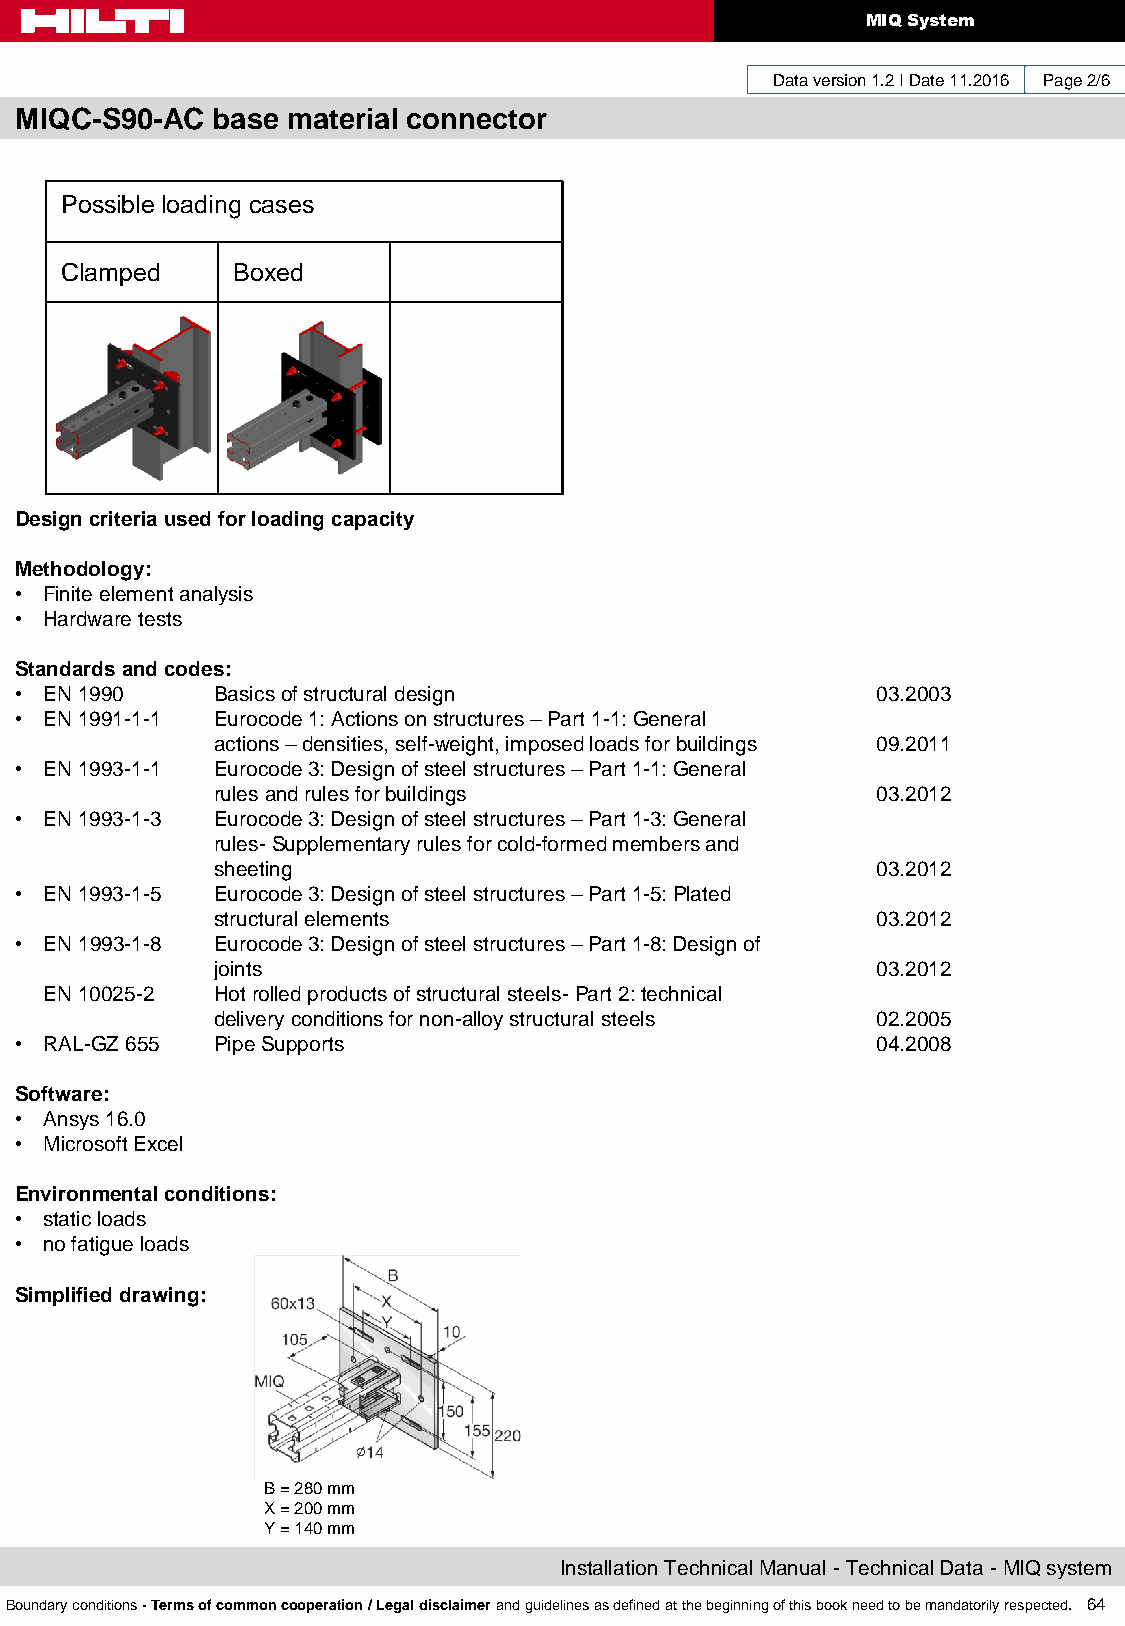
MIQ System
 Data version 1.2 I Date 11.2016 Page 2/6
 MIQC-S90-AC  base material connector
 Possible loading cases
 Clamped    Boxed
 Design criteria used for loading capacity
 Methodology:
 • Finite element analysis
 • Hardware tests
 Standards and codes:
 • EN 1990    Basics of structural design                 03.2003
 • EN 1991-1-1 Eurocode 1: Actions on structures – Part 1-1: General
 actions – densities, self-weight, imposed loads for buildings 09.2011
 • EN 1993-1-1 Eurocode 3: Design of steel structures – Part 1-1: General
 rules and rules for buildings               03.2012
 • EN 1993-1-3 Eurocode 3: Design of steel structures – Part 1-3: General
 rules- Supplementary rules for cold-formed members and
 sheeting                                    03.2012
 • EN 1993-1-5 Eurocode 3: Design of steel structures – Part 1-5: Plated
 structural elements                         03.2012
 • EN 1993-1-8 Eurocode 3: Design of steel structures – Part 1-8: Design of
 joints                                      03.2012
 EN 10025-2 Hot rolled products of structural steels- Part 2: technical
 delivery conditions for non-alloy structural steels 02.2005
 • RAL-GZ 655 Pipe Supports                               04.2008
 Software:
 • Ansys 16.0
 • Microsoft Excel
 Environmental conditions:
 • static loads
 • no fatigue loads
 Simplified drawing:
 B = 280 mm
 X = 200 mm
 Y = 140 mm
 Installation Technical Manual - Technical Data - MIQ system
 Boundary conditions - Terms of common cooperation / Legal disclaimer and guidelines as defined at the beginning of this book need to be mandatorily respected. 64